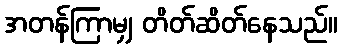
အတန်ကြာမျှ တိတ်ဆိတ်နေသည်။